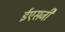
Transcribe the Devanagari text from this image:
ईएसजी